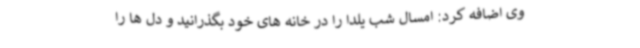
وی اضافه کرد: امسال شب یلدا را در خانه های خود بگذرانید و دل ها را